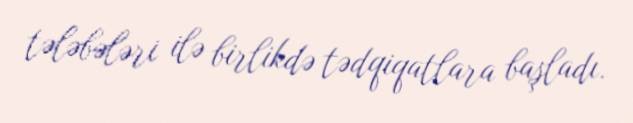
tələbələri ilə birlikdə tədqiqatlara başladı.